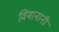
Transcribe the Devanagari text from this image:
विमानानी